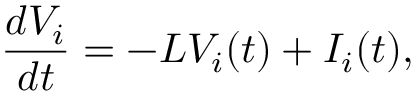
\frac { d V _ { i } } { d t } = - L V _ { i } ( t ) + I _ { i } ( t ) ,